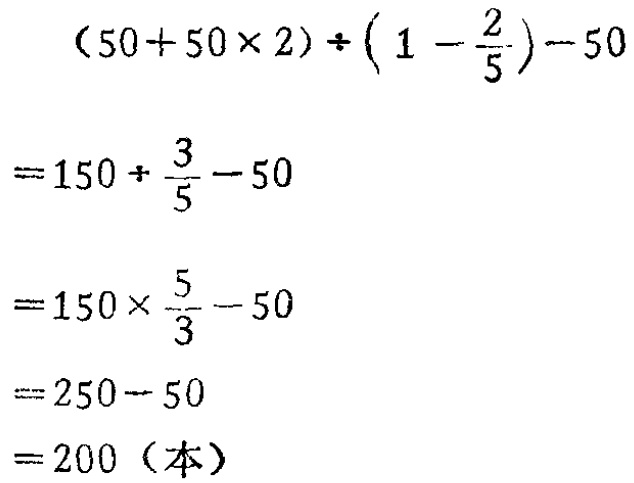
\[

\begin{align*}

&(50 + 50\times2)\div\left(1-\frac{2}{5}\right)-50\\

=&150\div\frac{3}{5}-50\\

=&150\times\frac{5}{3}-50\\

=&250 - 50\\

=&200 \text{（本）}

\end{align*}

\]